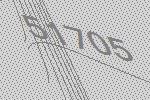
51705